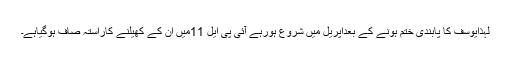
لہذایوسف کا پابندی ختم ہونے کے بعداپریل میں شروع ہورہے آئی پی ایل 11میں ان کے کھیلنے کاراستہ صاف ہوگیاہے۔